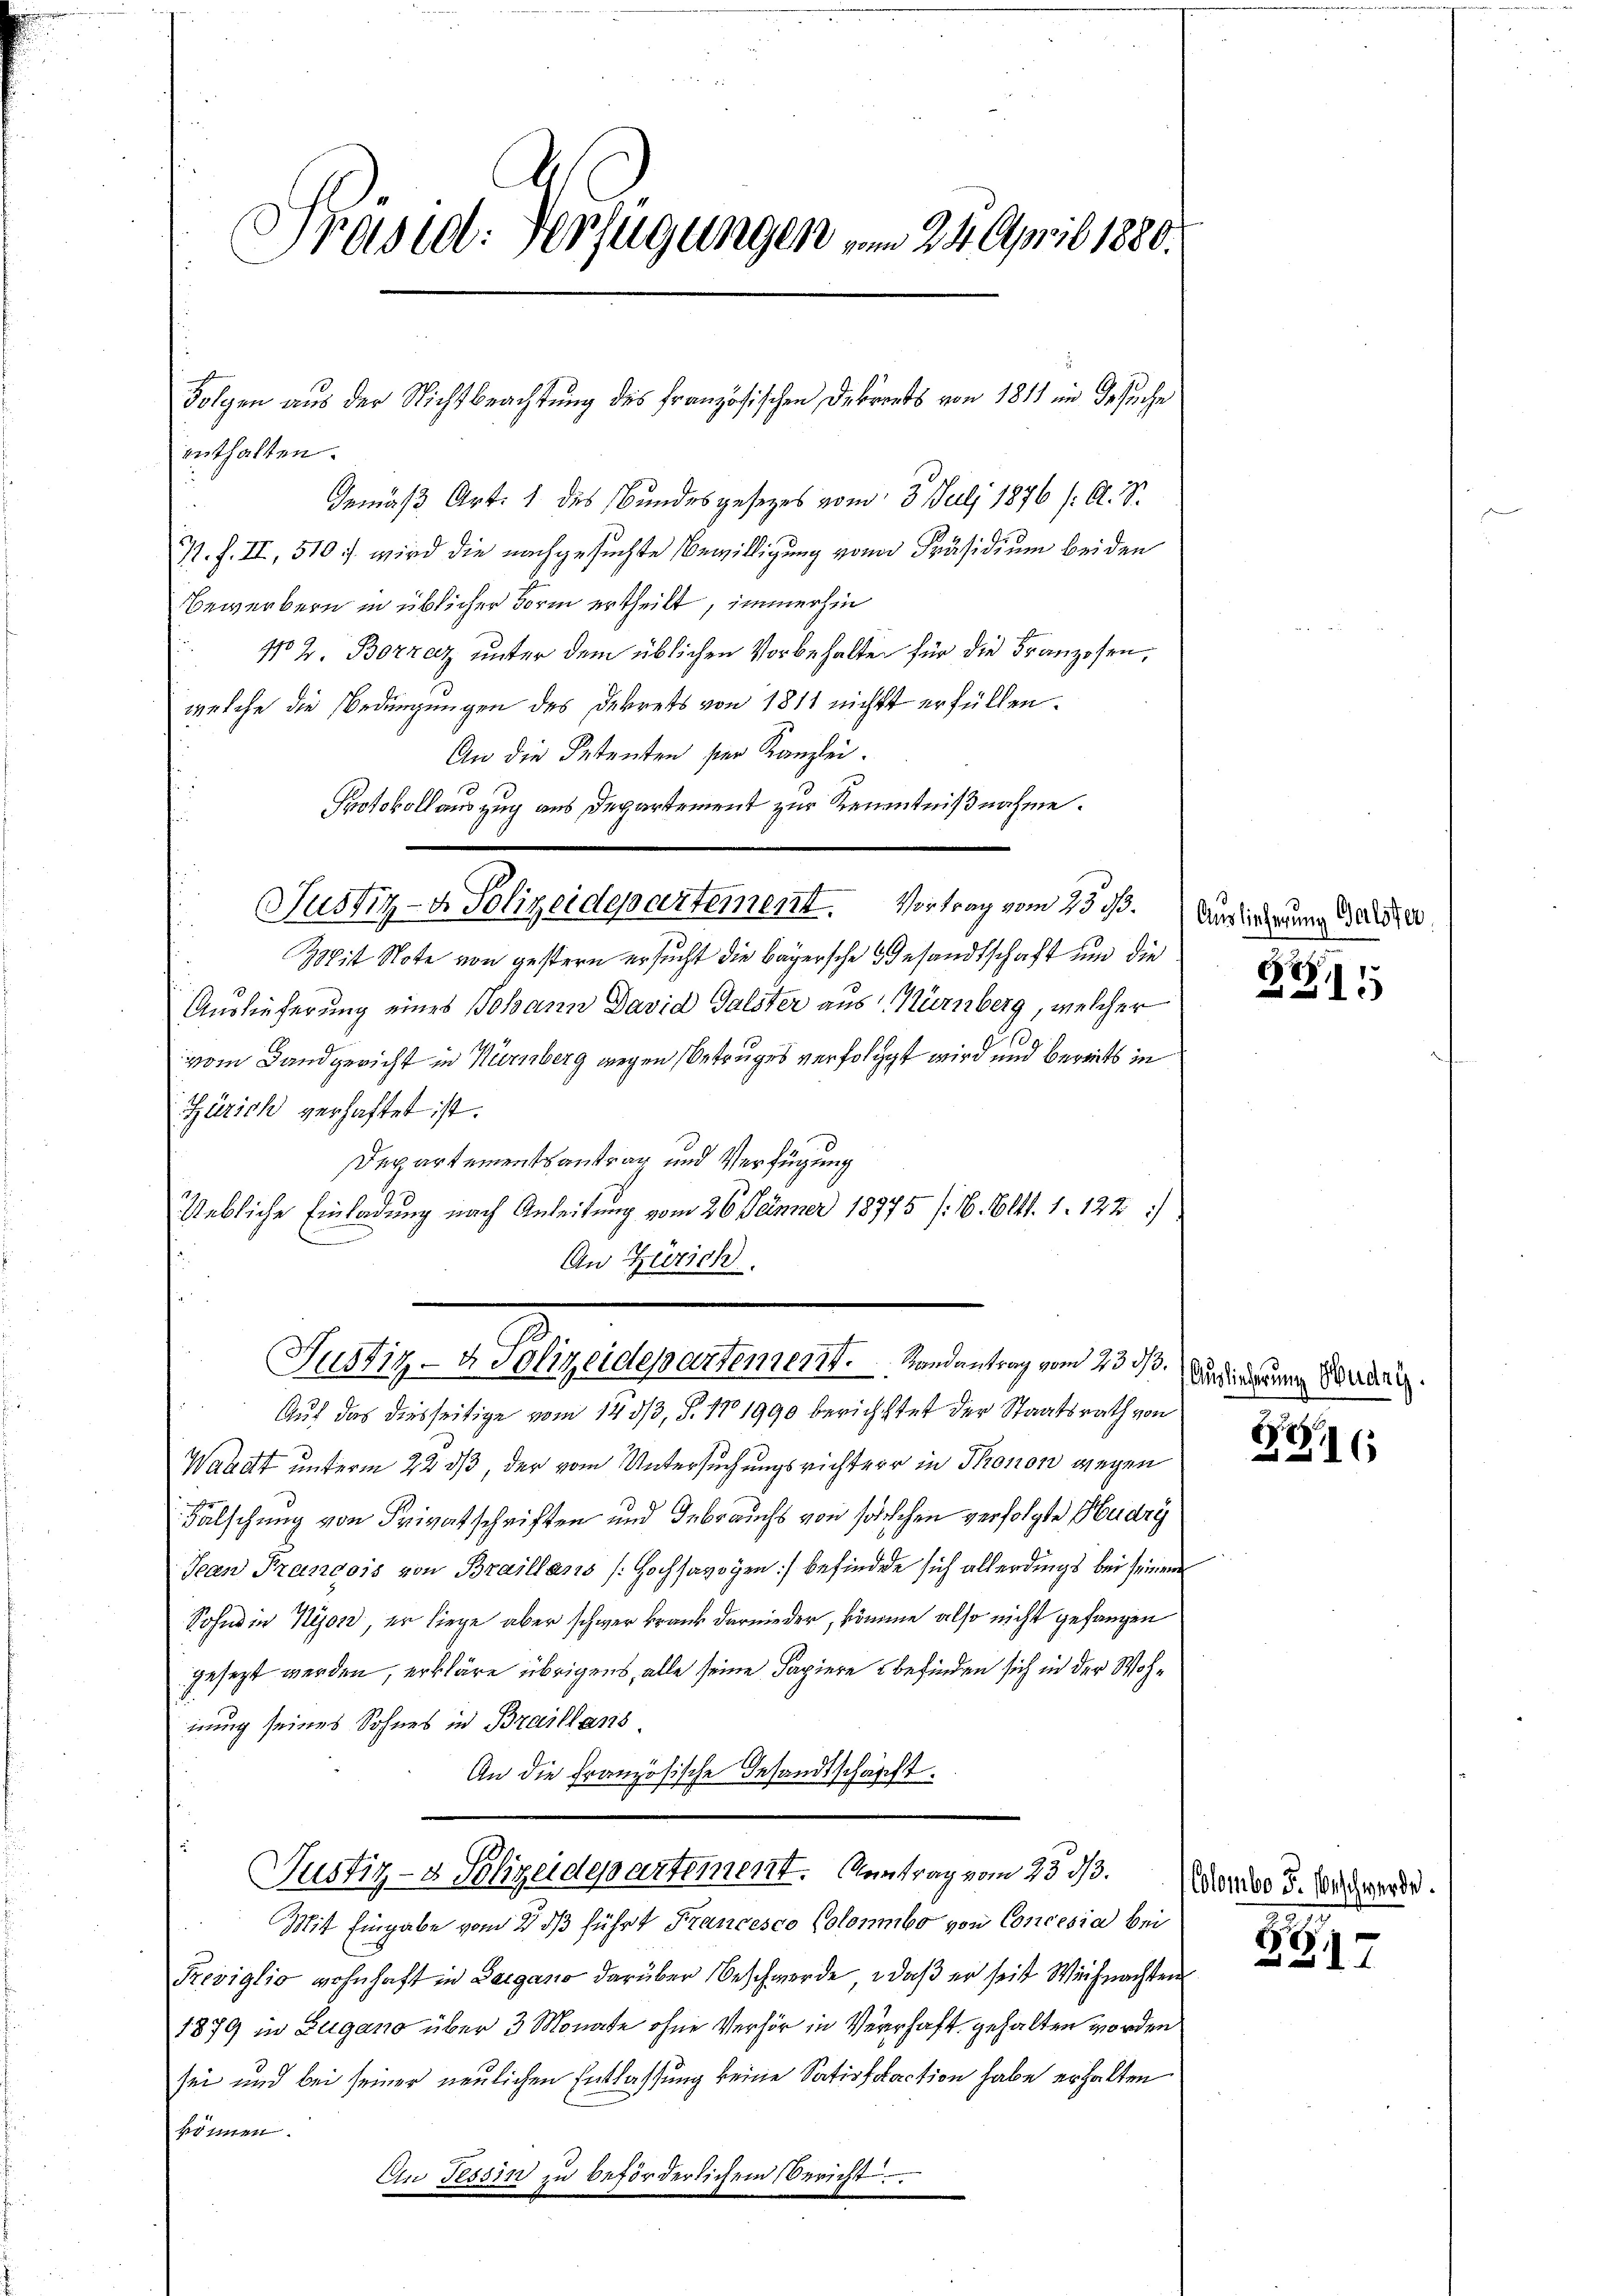
Präsid. Verfügungen vom 24. April 1880.

enthalten.
Gemäß Art. 1 des Bundesgesetzes vom 3. Juli 1876 /: A. S.
7. f. II, 510 :/ wird die nachgesuchte Bewilligung von Präsidium beiden
Bewerbern in üblicher Form ertheilt, immerhin
1102. Borzaz unter dem üblichen Vorbehalten für die Franzosen,
welche die Bedingungen des Dekrets von 1811 nicht erfüllen.
An die Petenten ser Kanzlei.
Protokoll auszug aus Departement zur Kenntnißnahme.
Wit Note von gestern ersucht die bayersche Gesandtschaft und die
Auslieferung eines Johann David Talster aus Nürnberg, welcher
25.
vom Landgericht in Nürnberg wegen Betruges verfolgt wird und bereits in
Zürich verhaftet ist.
Departementsantrag und Verfügung
Uebliche Einladung nach Anleitung vom 26. Jänner 18975 (2. Alts. 1. 122 :/
An Zürich
e
Justiz- & Polizeidepartement. . . . . Randantrag vom 23. d.
Auf das diesseitige vom 140/3, S. 171990 berichttet der Staatsrath von
Waadt unterm 22 dß der vom Untersuchungsrichter in Thonon wegen
Fälschung von Privatschriften und Gebrauchs von solchen verfolgte Hudry
Jean Francois von Braillans Hochsavoyen :/ befindete sich allerdings bei seinem
Sohne in Nyon, er liege aber schwer krank darnieder, komme also nicht gefangen
gesezt werden, erkläre übrigens, alle seine Papiere befinden sich in der Wohnung seines Sohnes in Braillans
An die Französische Gesandtschafft.
Justiz- & Polizeidepartement. Antrag vom 23. 313.
Mit Eingabe vom 2. ds führt Francesco Colombo von Concesia bei
Prediglio wohnhaft in Beigano darüber Beschwerde, daß er seit Weihnachten
1879 in Zugano über 3 Monate ohne Verhör in Verschaft gehalten worden
sei und bei seiner neulichen Entlassung keine Satisfaction habe erhalten
können.
An Tessin zu beförderlichem Bericht

Justiz- & Polizeidepartement. Vortrag vom 23. ds.

Folgen aus der Nichtbeachtung des Französischen Debrents von 1811 im Gesuche

Auslieferung Galster

2

Ausliederung Hudry.

S

Colombo F. Vorschwerde.

BG117